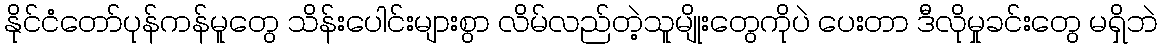
နိုင်ငံတော်ပုန်ကန်မူတွေ သိန်းပေါင်းများစွာ လိမ်လည်တဲ့သူမျိုးတွေကိုပဲ ပေးတာ ဒီလိုမှုခင်းတွေ မရှိဘဲ